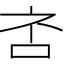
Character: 𪠹